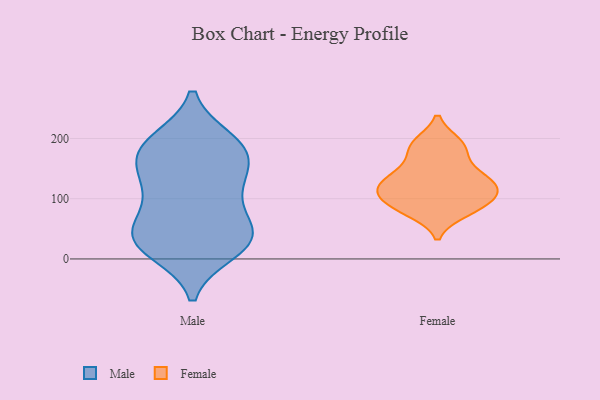
{"axis": {"x": "Gross Profit (USD K)", "y": "Value"}, "legend": ["Female", "Male"], "data": [{"x": "", "y": 14, "type": "Male"}, {"x": "", "y": 187, "type": "Male"}, {"x": "", "y": 110, "type": "Male"}, {"x": "", "y": 183, "type": "Male"}, {"x": "", "y": 109, "type": "Male"}, {"x": "", "y": 185, "type": "Male"}, {"x": "", "y": 120, "type": "Male"}, {"x": "", "y": 40, "type": "Male"}, {"x": "", "y": 157, "type": "Male"}, {"x": "", "y": 50, "type": "Male"}, {"x": "", "y": 160, "type": "Male"}, {"x": "", "y": 40, "type": "Male"}, {"x": "", "y": 195, "type": "Male"}, {"x": "", "y": 39, "type": "Male"}, {"x": "", "y": 19, "type": "Male"}, {"x": "", "y": 36, "type": "Male"}, {"x": "", "y": 112, "type": "Female"}, {"x": "", "y": 133, "type": "Female"}, {"x": "", "y": 115, "type": "Female"}, {"x": "", "y": 99, "type": "Female"}, {"x": "", "y": 132, "type": "Female"}, {"x": "", "y": 89, "type": "Female"}, {"x": "", "y": 115, "type": "Female"}, {"x": "", "y": 90, "type": "Female"}, {"x": "", "y": 189, "type": "Female"}, {"x": "", "y": 134, "type": "Female"}, {"x": "", "y": 190, "type": "Female"}, {"x": "", "y": 80, "type": "Female"}, {"x": "", "y": 118, "type": "Female"}, {"x": "", "y": 192, "type": "Female"}, {"x": "", "y": 170, "type": "Female"}, {"x": "", "y": 78, "type": "Female"}, {"x": "", "y": 148, "type": "Female"}]}